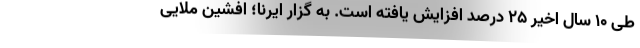
طی ۱۰ سال اخیر ۲۵ درصد افزایش یافته است. به گزار ایرنا؛ افشین ملایی